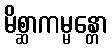
မိစ္ဆာကမ္မန္တော